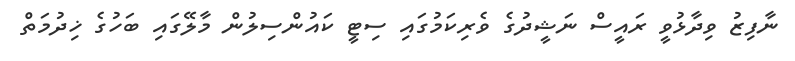
ނާފިޒު ވިދާޅުވީ ރައީސް ނަޝީދުގެ ވެރިކަމުގައި ސިޓީ ކައުންސިލުން މާލޭގައި ބަހުގެ ޚިދުމަތް